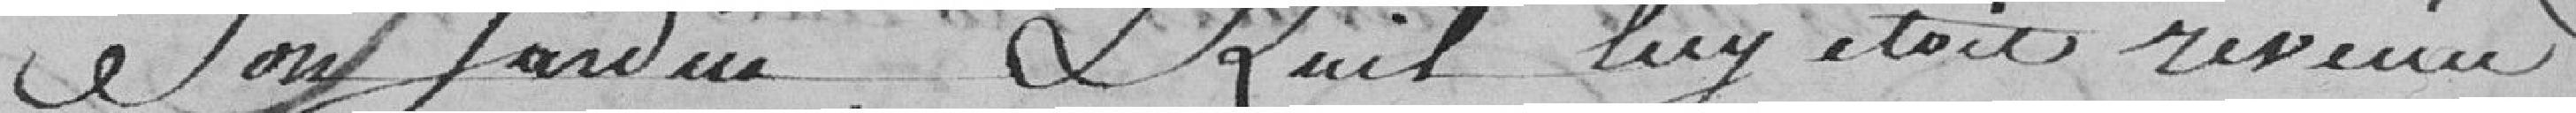
son jardin, et qu'il luy était revenue